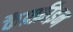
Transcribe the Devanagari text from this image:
कैफ़्फ़ीइन